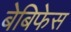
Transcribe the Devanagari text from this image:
बेबिफेस